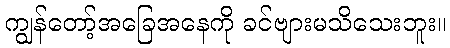
ကျွန်တော့်အခြေအနေကို ခင်ဗျားမသိသေးဘူး။